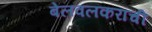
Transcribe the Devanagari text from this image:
बेलवलकरांची